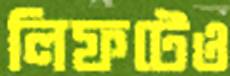
লিফটেও